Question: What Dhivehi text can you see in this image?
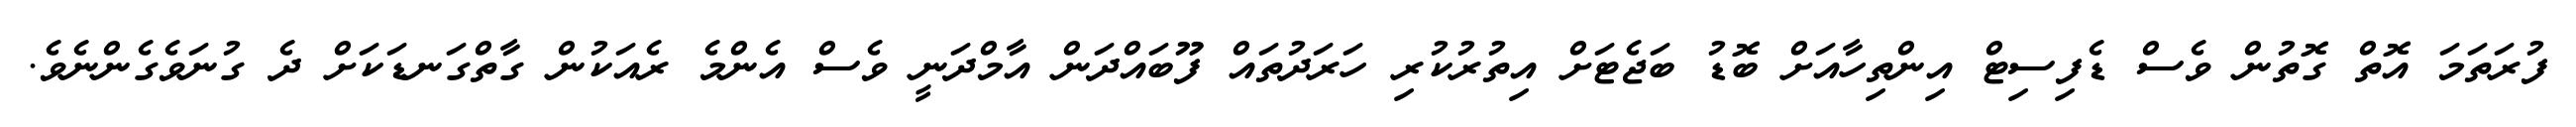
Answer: ފުރަތަމަ އޮތް ގޮތުން ވެސް ޑެފިސިޓް އިންތިހާއަށް ބޮޑު ބަޖެޓަށް އިތުރުކުރި ހަރަދުތައް ފޫބައްދަން އާމްދަނީ ވެސް އެންމެ ރެއަކުން ގާތްގަނޑަކަށް ދެ ގުނަވެގެންނެވެ.